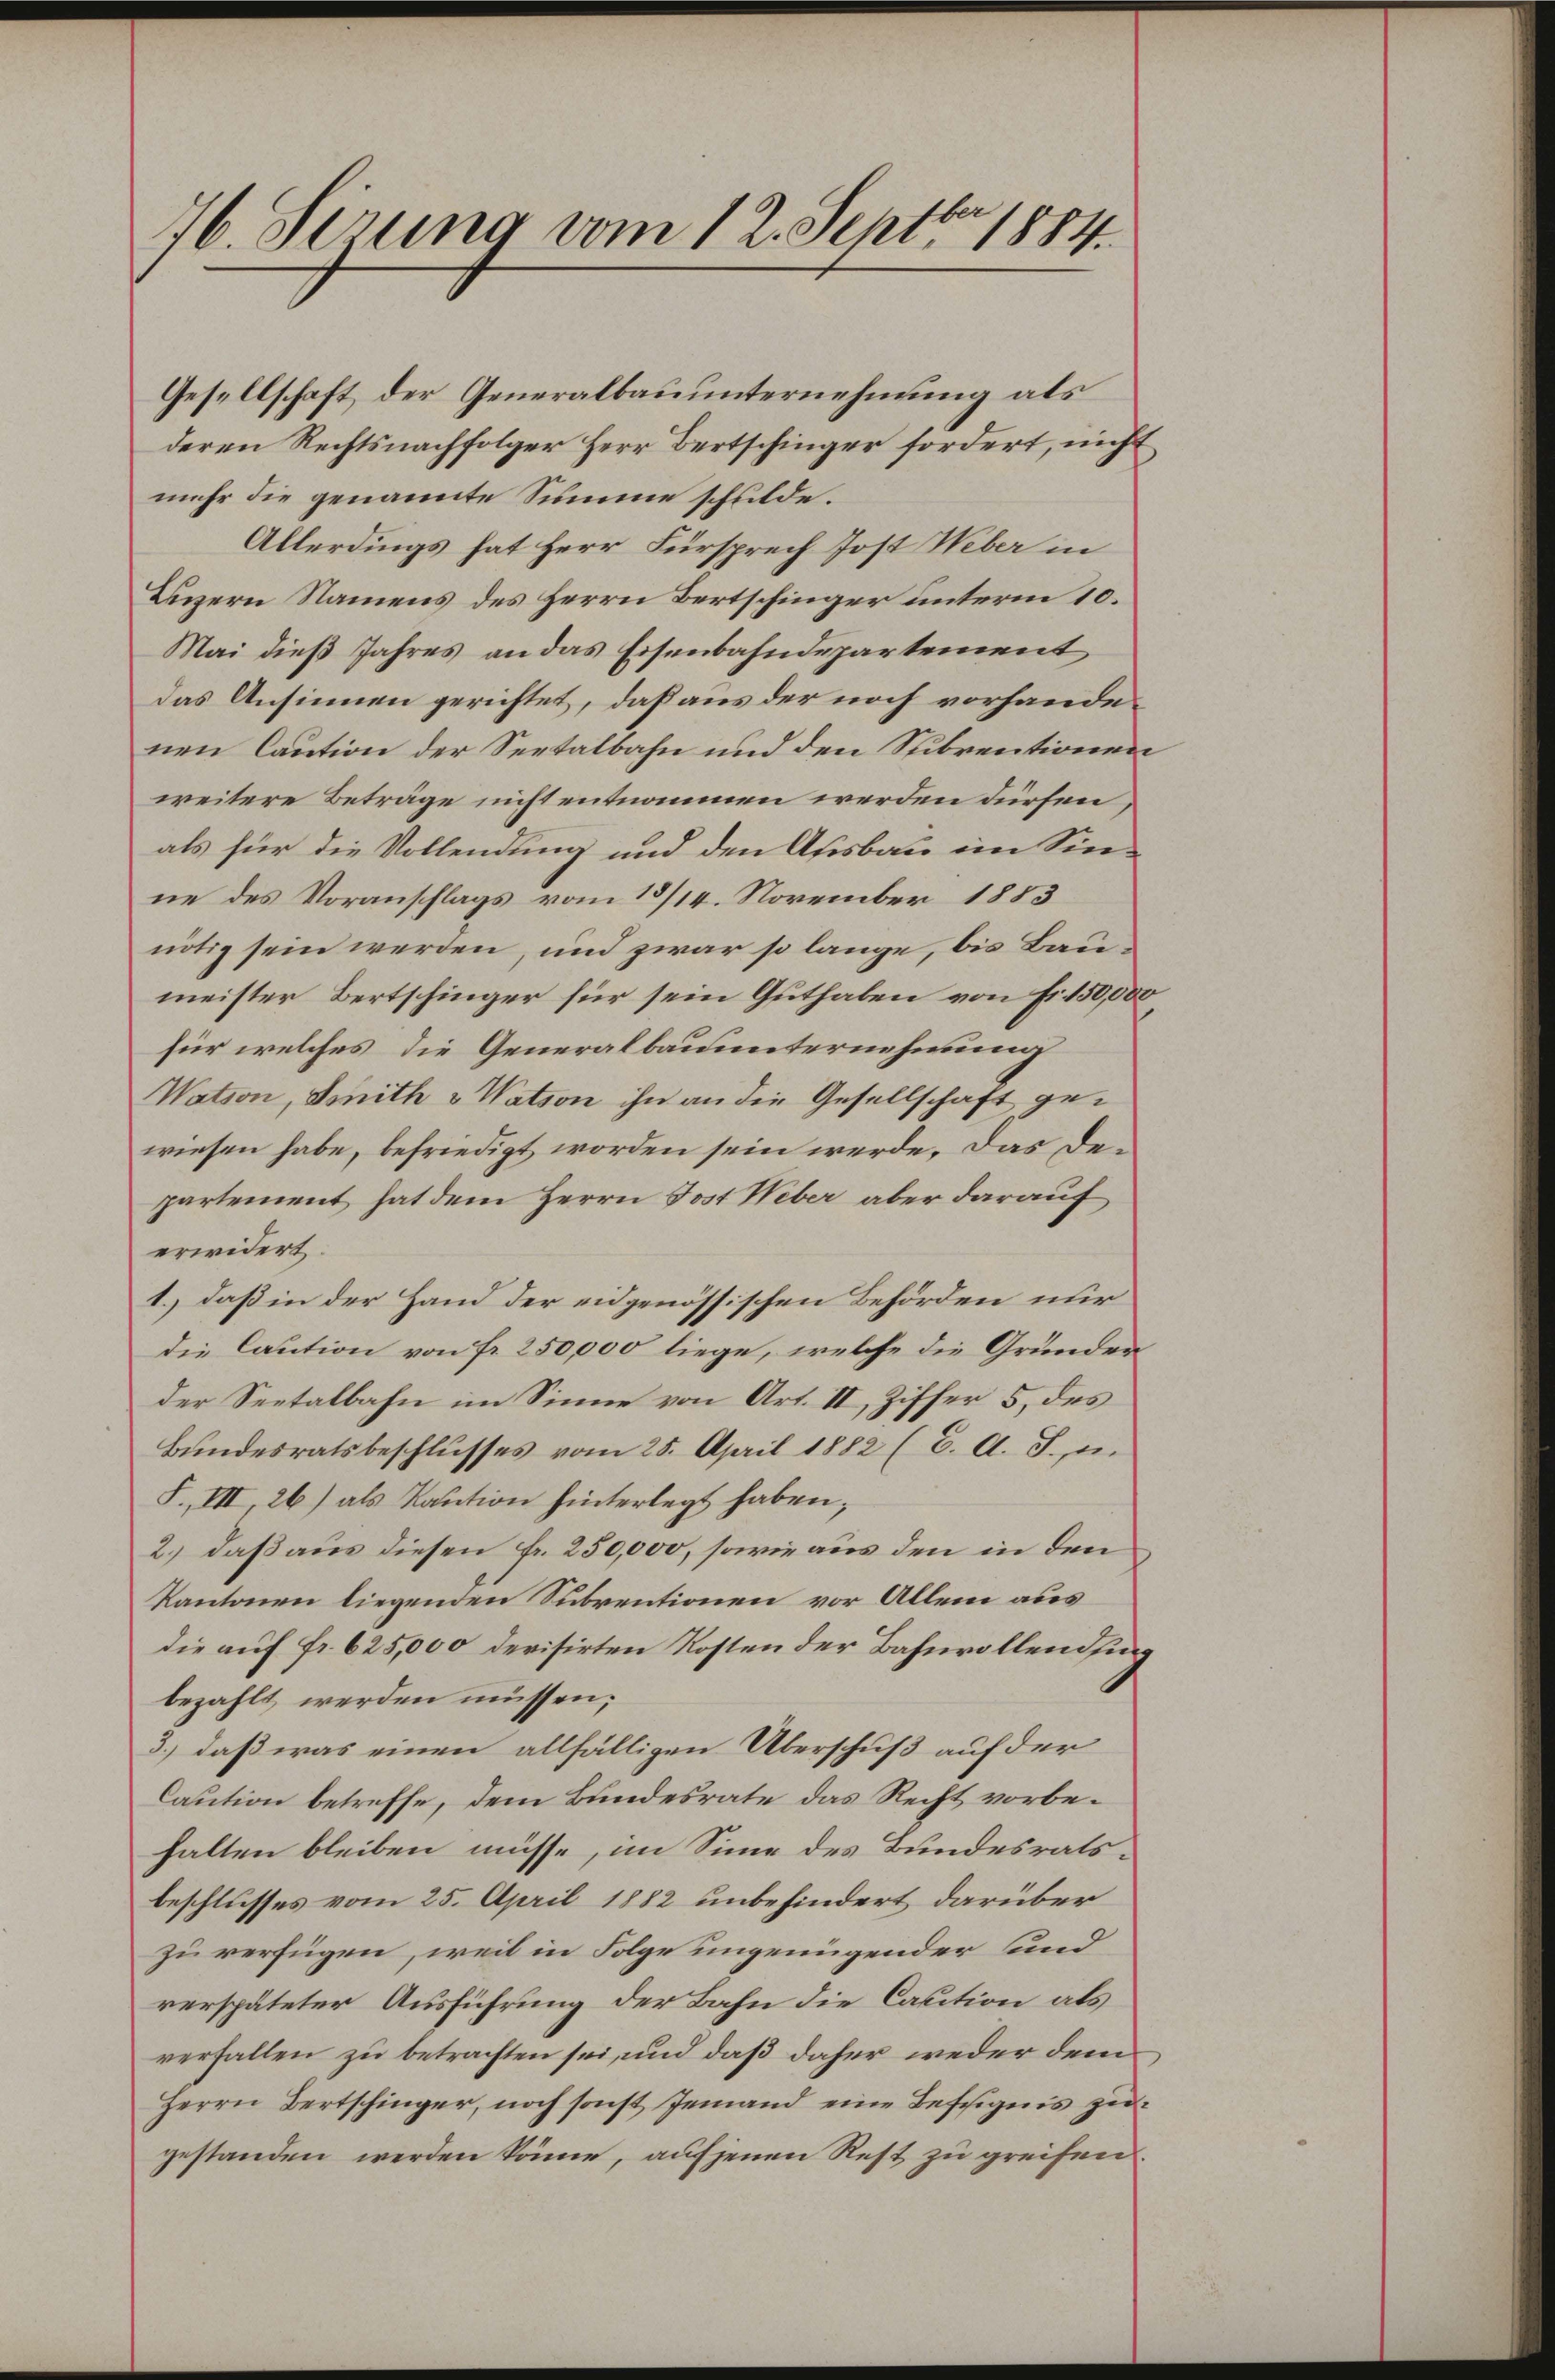
76. Ferung vom 12. Septbr. 1884.

Gesellschaft der Generalbauunternehmung als
deren Rechtsnachfolger Herr Bertschinger fordert, nicht
mehr die genannte Summe schulde.
Allerdings hat Herr Fürsprech Jost Weber in
Luzern Namens des Herrn Bertschinger unterm 10.
Mai dieß Jahres an das Eisenbahndepartement
das Ansinnen gerichtet, daß aus der noch vorhandenen Caution der Seetalbahn und den Subventionen
weitere Beträge nicht entnommen werden dürfen,
als für die Vollendung und den Ausbau im Sinne des Voranschlags vom 13/14. November 1883
nötig sein werden, und zwar so lange, bis Baumeister Bertschinger für sein Guthaben von Fr. 150,000
für welches die Generalbauunternehmung
Wation, Smith & Wation ihn an die Gesellschaft gewiesen habe, befriedigt worden sein werde. Das Departement hat dem Herrn Jost Weber aber darauf
erwidert.
1.) daß in der Hand der eidgenössischen Behörden nur
die Caution von fr. 250,000 liege, welche die Grunder
der Seetalbahn im Sinne von Art. II, Ziffer 5, des
Bundesratsbeschlusses vom 25. April 1882 (2. A. S., in
F. III, 26) als Kaution hinterlegt haben;
2.) daß aus diesen Fr. 250,000, sowie aus den in den
Kantonen liegenden Subventionen vor Allem aus
die auf Fr. 625,000 devisirten Kosten der Bahnvollendsing
bezahlt werden müssen;
3.) daß was einen allfälligen Überschuß auf der
Caution betreffe, dem Bundesrate das Recht vorbehalten bleiben müsse, im Sinne des Bundesratsbeschlusses vom 25. April 1882 unbehindert darüber
zu verfügen, weil in Folge ungenügender und
verspäteter Ausführung der Bahn die Caution als
verfallen zu betrachten sei, und daß daher weder dem
Herrn Bertschinger, noch sonst Jemand eine Beseignis zu
gestanden werden könne, auf jenen Rest zu greifen.